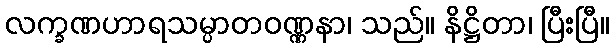
လက္ခဏဟာရသမ္ပာတဝဏ္ဏနာ၊ သည်။ နိဋ္ဌိတာ၊ ပြီးပြီ။